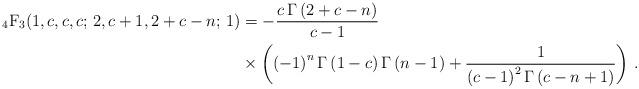
LaTeX: \begin{align*} \displaystyle {\mbox{$_4$F$_3$}(1,c,c,c;\,2,c+1,2+c-n;\,1)}&=-\frac {c\,\Gamma \left( 2+c-n \right) }{c-1} \\ &\times\left( \left( -1 \right) ^{n}\Gamma \left( 1-c \right) \Gamma \left( n-1 \right) +{\frac {1}{ \left( c-1 \right) ^{2}\Gamma \left( c-n+1 \right) }}\mbox{} \right) \,.\end{align*}